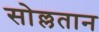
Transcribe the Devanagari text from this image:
सोल्लतान